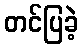
တင်ပြခဲ့